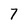
Character: 7